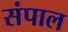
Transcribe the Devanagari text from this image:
संपाल